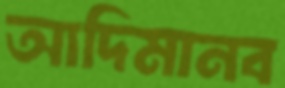
আদিমানব